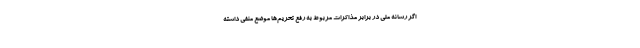
اگر رسانه ملی در برابر مذاکرات مربوط به رفع تحریم‌ها موضع منفی داشته